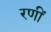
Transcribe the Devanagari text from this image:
रणीं